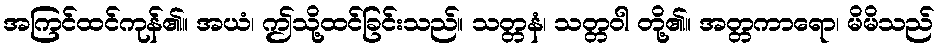
အကြင်ထင်ကုန်၏။ အယံ၊ ဤသို့ထင်ခြင်းသည်။ သတ္တနံ၊ သတ္တဝါ တို့၏။ အတ္တကာရော၊ မိမိသည်